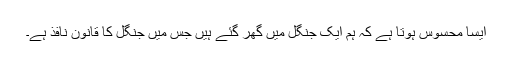
ایسا محسوس ہوتا ہے کہ ہم ایک جنگل میں گھر گئے ہیں جس میں جنگل کا قانون نافذ ہے۔